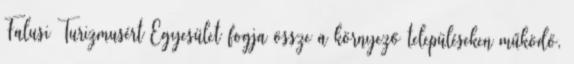
Falusi Turizmusért Egyesület fogja össze a környező településeken működő,